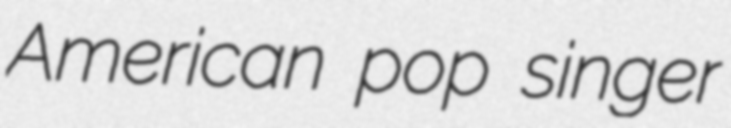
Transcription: American pop singer